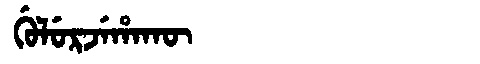
Manchu: ᡤᡠᠯᡠᡵᠵᡝᡥᠠᡴᡡ
Romanization: GULURJEHAKŪ